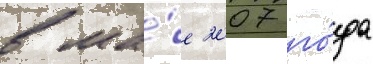
в ма́е 2007 го́да